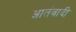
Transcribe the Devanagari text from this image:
आतंवादी